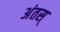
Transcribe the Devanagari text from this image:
अंतस्